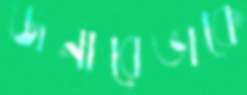
জনারেভাকে